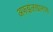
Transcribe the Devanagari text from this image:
अफझलखानास